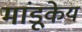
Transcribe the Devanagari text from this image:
मांडूकेय